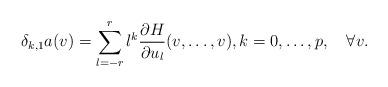
LaTeX: \begin{align*} \delta_{k,1}a(v)=\sum_{l=-r}^{r}l^k\frac{\partial H}{\partial u_l}(v,\dots,v), k=0,\dots,p, \quad\forall v.\end{align*}